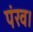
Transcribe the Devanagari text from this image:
पंख।